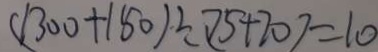
( 1 3 0 0 + 1 5 0 ) \div ( 7 5 + 7 0 ) = 1 0